kultuurilooline_kollektsioon, lk 100
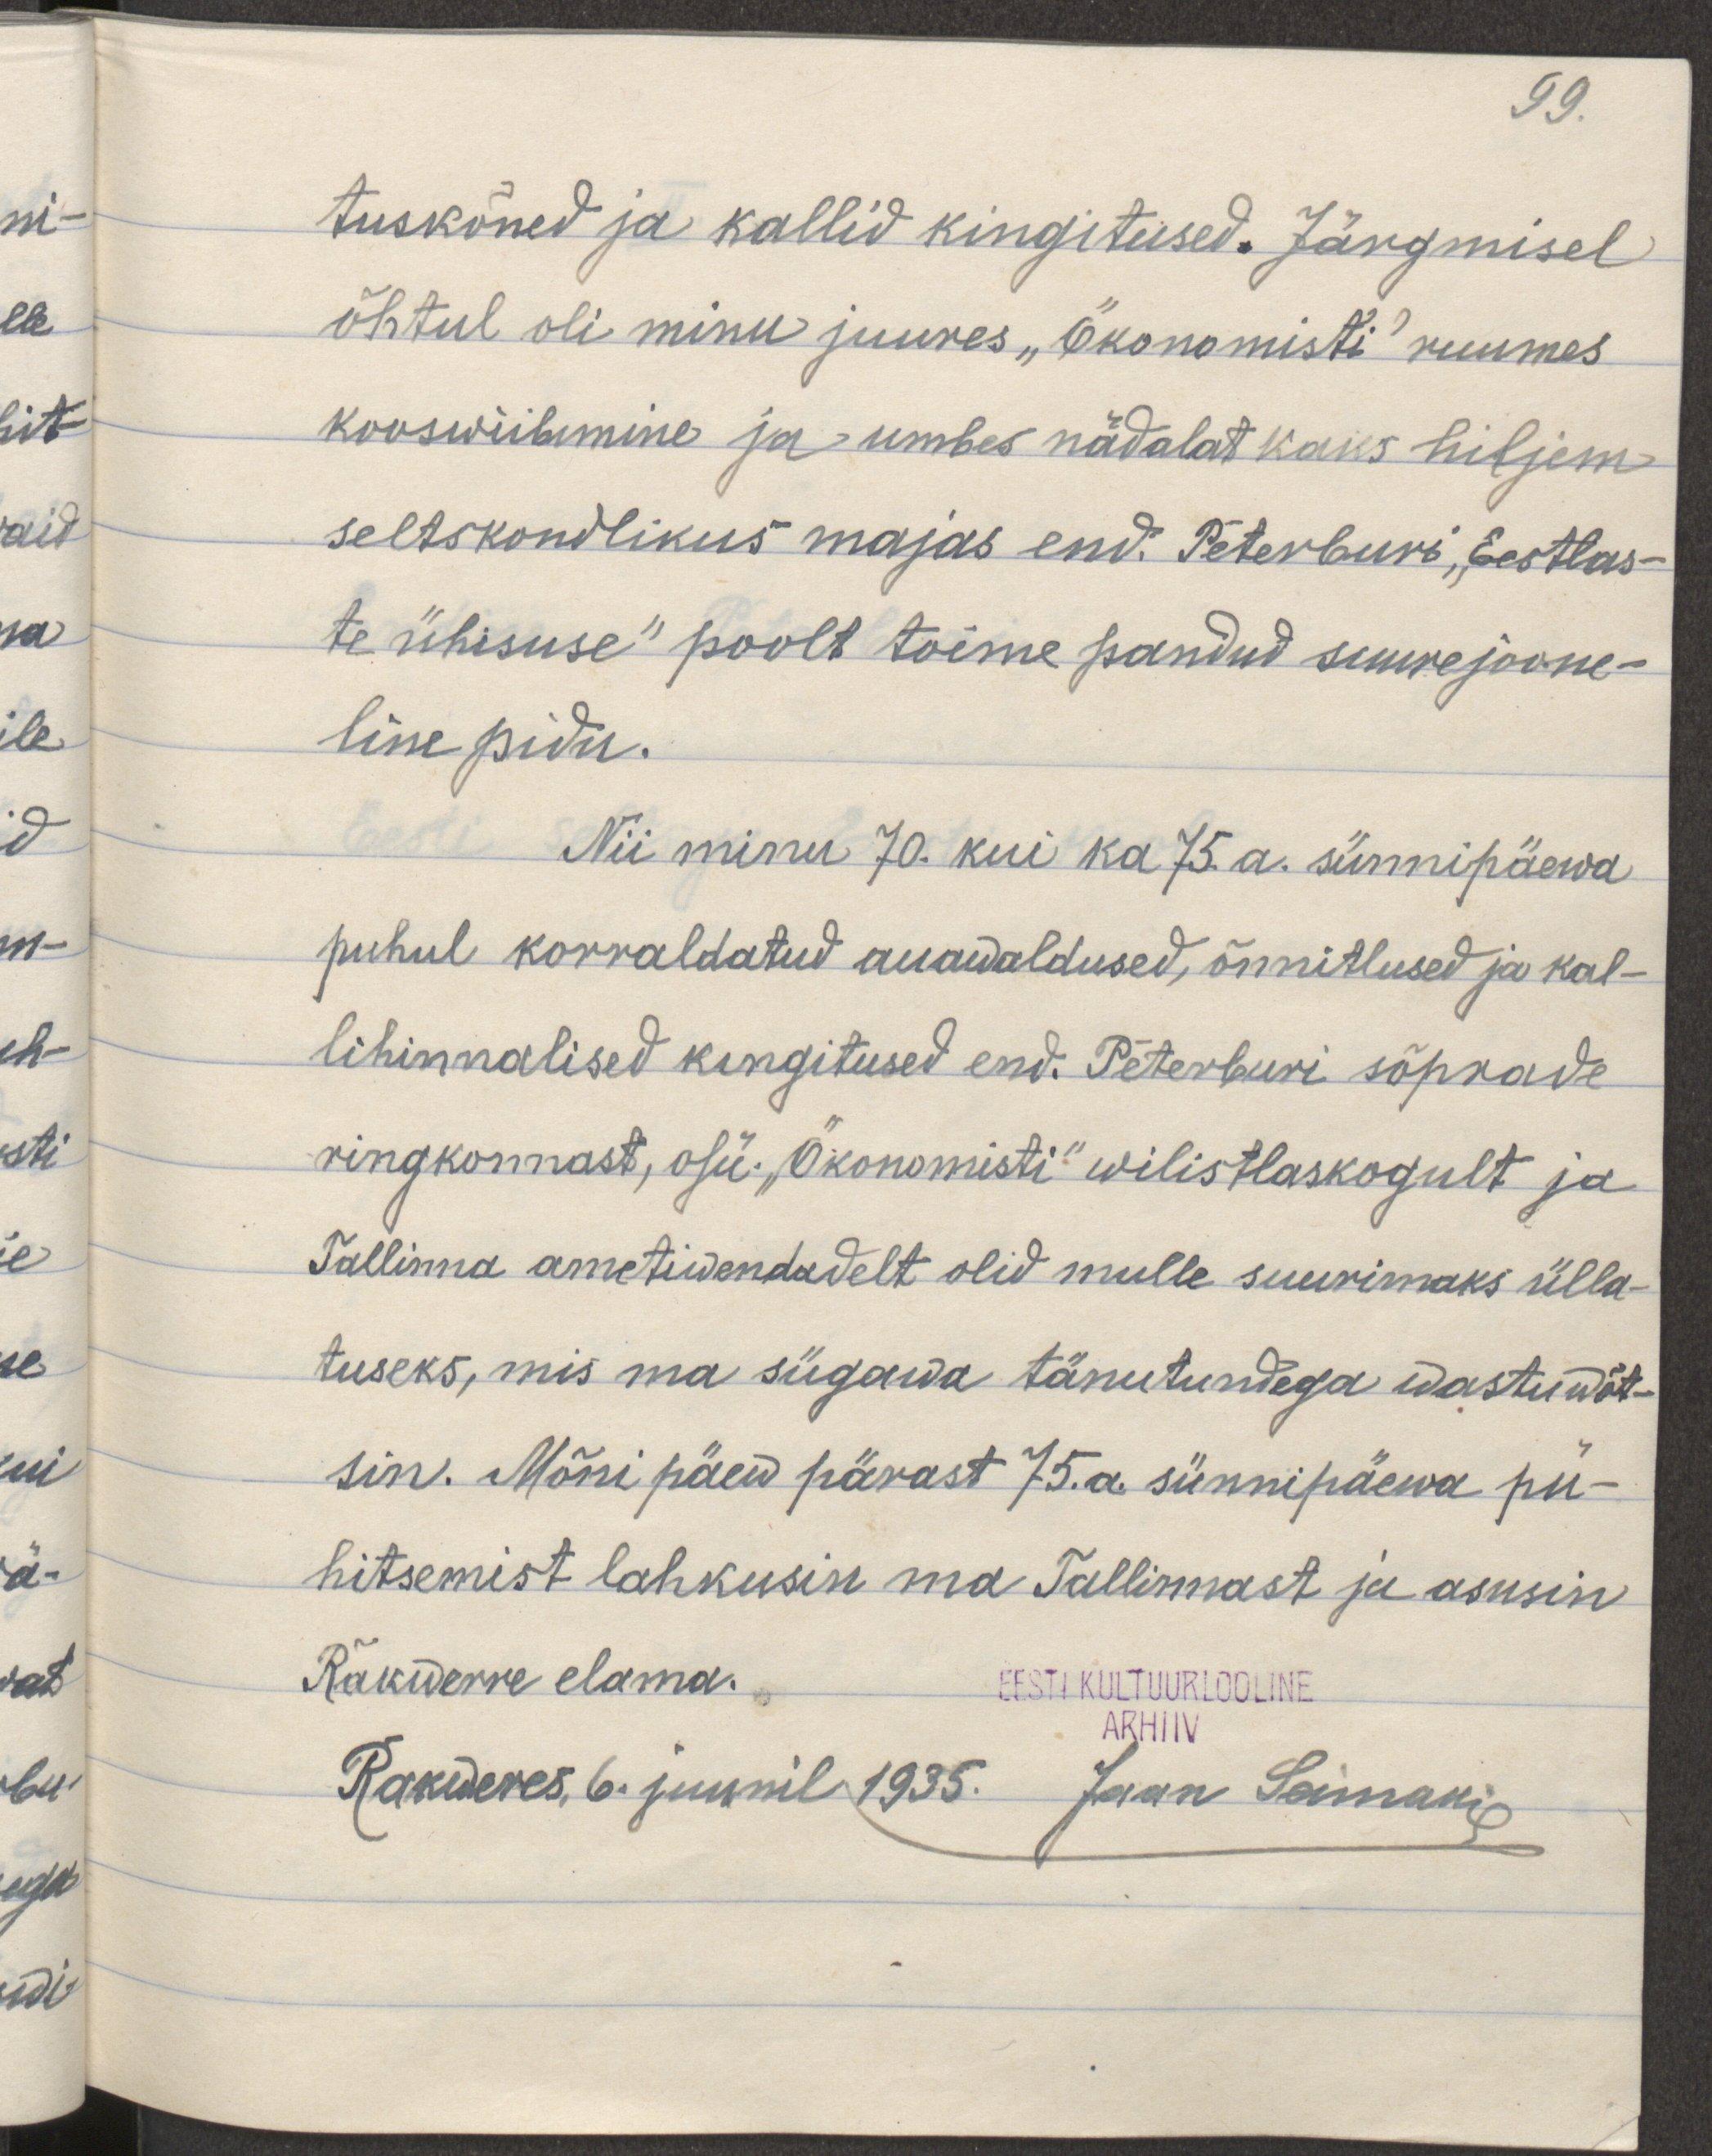
99.
tuskõned ja kallid kingitused. Järgmisel
õhtul oli minu juures "Ökonomisti" ruumes 
kooswiibimine ja umbes nädalat kaks hiljem
seltskondlikus majas end. Peterburi "Eestlas-
te ühisuse" poolt toime pandud suurejoone-
line pidu.
Nii minu 70. kui ka 75. a. sünnipäewa 
puhul korraldatud auawaldused, õnnitlused ja kal-
lihinnalised kingitused end. Peterburi sõprade 
ringkonnast, o/ü. "Ökonomisti" wilistlaskogult ja 
Tallinna ametiwendadelt olid mulle suurimaks ülla-
tuseks, mis ma sügawa tänutundega wastuwõt-
sin. Mõni päew pärast 75. a. sünnipäewa pü-
hitsemist lahkusin ma Tallinnast ja asusin 
Rakwerre elama.
Rakweres 6. juunil 1935. Jaan Seiman